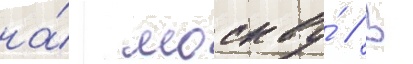
на́ москву́ // В